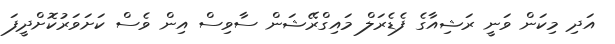
އަދި މިކަން ވަނީ ރަޝިއާގެ ފެޑެރަލް މައިގްރޭޝަން ސާވިސް އިން ވެސް ކަށަވަރުކޮށްދީފަ